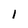
Character: I